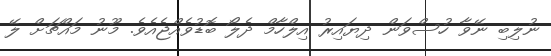
ނުލިބި ނޭވާ ހުސްވަން ދިޔައިރު އިލްހާމް ދެލޯ ބޮޑުވެއްޖެއެވެ. މޫނު މައްޗަށް ލޭ